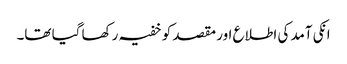
انکی آمد کی اطلاع اور مقصد کو خفیہ رکھا گیا تھا۔